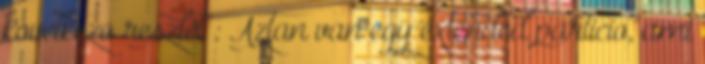
kovetkezo reszlet : Aztan van egy extended particio, ami